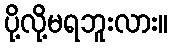
ပို့လို့မရဘူးလား။